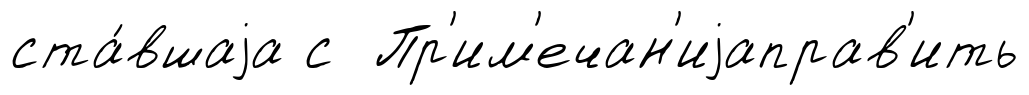
ста́вшаjа с Пр'им'ечан'иjаправ'ить